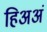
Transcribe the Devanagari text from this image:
हिअअं